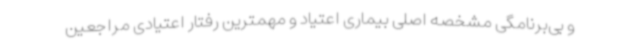
و بی‌برنامگی مشخصه اصلی بیماری اعتیاد و مهمترین رفتار اعتیادی مراجعین